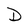
Character: D